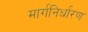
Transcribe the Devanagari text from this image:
मार्गनिर्धारण